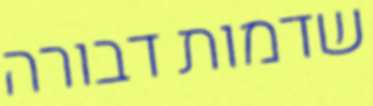
שדמות דבורה